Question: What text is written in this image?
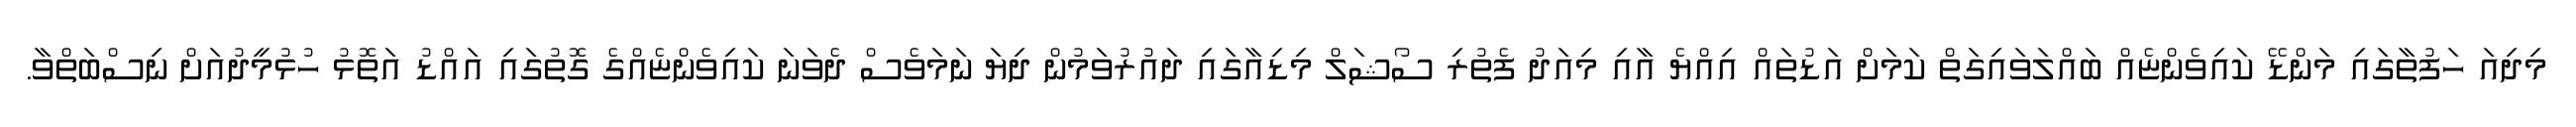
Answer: މިދިއަ ހަފުތާގައި މަންޑޭ ކައިވެންޏެއް ބައްލަވައިގަތް ކަމަށް އަޑުތައް އިއްޔެ އާއި މިއަދު ފެތުރި ސޯޝަލް މިޑިއާގައި ދައުރުވަމުން ދިޔަ ނަމަވެސް ދެވަނަ ކައިވެންޏެއްގެ ގޮތުގައި އައްޑު އަތޮޅު ހުޅުމީދުއަށް ނިސްބަތްވާ.